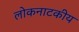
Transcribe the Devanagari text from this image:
लोकनाटकीय